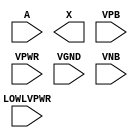
module sky130_fd_sc_hd__lpflow_lsbuf_lh_isowell (
    //# {{data|Data Signals}}
    input  A       ,
    output X       ,

    //# {{power|Power}}
    input  LOWLVPWR,
    input  VPB     ,
    input  VPWR    ,
    input  VGND    ,
    input  VNB
);
endmodule